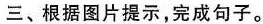
三、根据图片提示，完成句子。